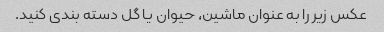
عکس زیر را به عنوان ماشین، حیوان یا گل دسته بندی کنید.